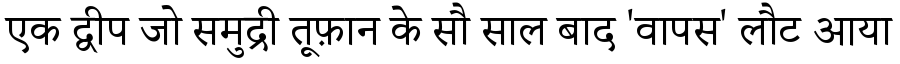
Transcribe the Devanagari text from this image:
एक द्वीप जो समुद्री तूफ़ान के सौ साल बाद 'वापस' लौट आया